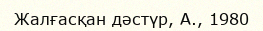
Жалғасқан дәстүр, А., 1980